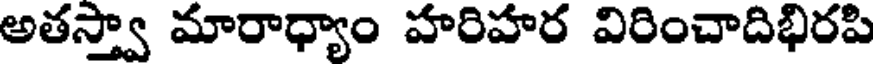
అతస్త్వా మారాధ్యాం హరిహర విరించాదిభిరపి